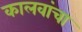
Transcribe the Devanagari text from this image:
कालवांचा